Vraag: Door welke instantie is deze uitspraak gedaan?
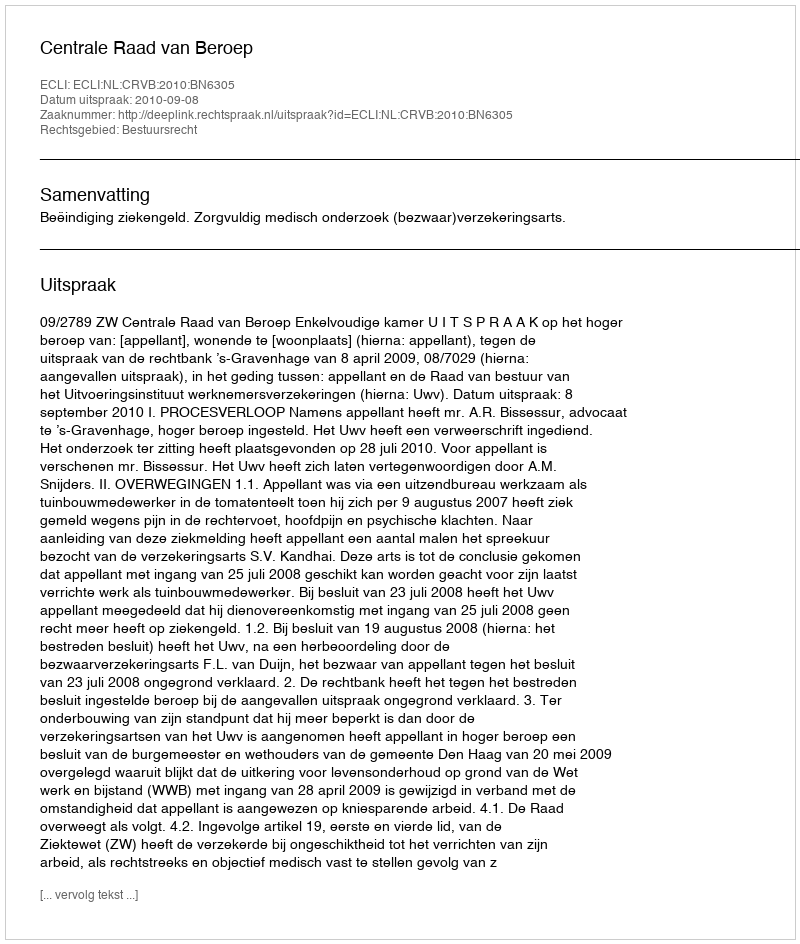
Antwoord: Centrale Raad van Beroep